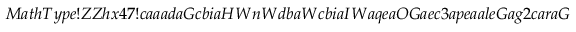
M a t h T y p e ! Z Z h x 4 7 ! c a a a d a G c b i a H W n W d b a W c b i a I W a q e a O G a e c 3 a p e a a l e G a g 2 c a r a G c c y